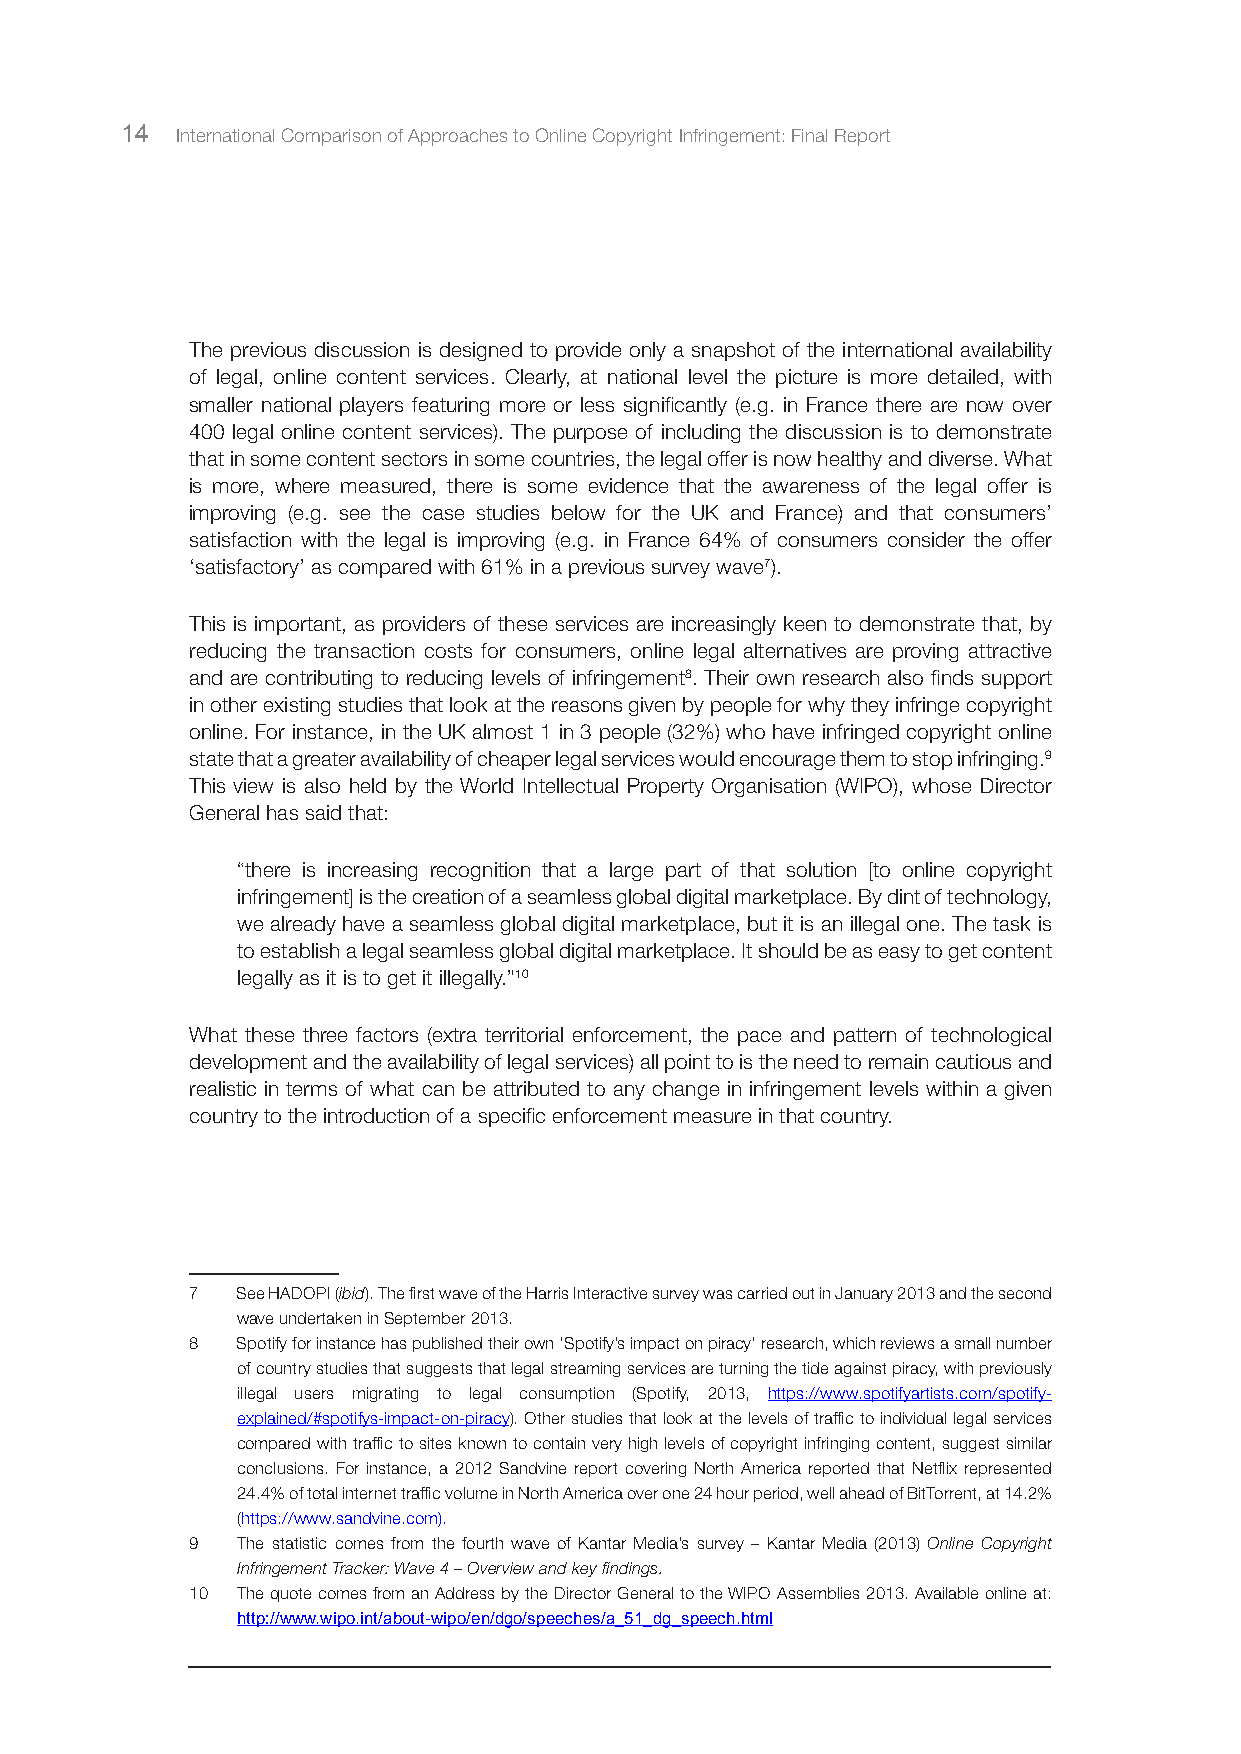
14  International Comparison of Approaches to Online Copyright Infringement: Final Report
 The previous discussion is designed to provide only a snapshot of the international availability
 of legal, online content services. Clearly, at national level the picture is more detailed, with
 smaller national players featuring more or less significantly (e.g. in France there are now over
 400 legal online content services). The purpose of including the discussion is to demonstrate
 that in some content sectors in some countries, the legal offer is now healthy and diverse. What
 is more, where measured, there is some evidence that the awareness of the legal offer is
 improving (e.g. see the case studies below for the UK and France) and that consumers’
 satisfaction with the legal is improving (e.g. in France 64% of consumers consider the offer
 ‘satisfactory’ as compared with 61% in a previous survey wave7).
 This is important, as providers of these services are increasingly keen to demonstrate that, by
 reducing the transaction costs for consumers, online legal alternatives are proving attractive
 and are contributing to reducing levels of infringement8. Their own research also finds support
 in other existing studies that look at the reasons given by people for why they infringe copyright
 online. For instance, in the UK almost 1 in 3 people (32%) who have infringed copyright online
 state that a greater availability of cheaper legal services would encourage them to stop infringing.9
 This view is also held by the World Intellectual Property Organisation (WIPO), whose Director
 General has said that:
 “there is increasing recognition that a large part of that solution [to online copyright
 infringement] is the creation of a seamless global digital marketplace. By dint of technology,
 we already have a seamless global digital marketplace, but it is an illegal one. The task is
 to establish a legal seamless global digital marketplace. It should be as easy to get content
 legally as it is to get it illegally.”10
 What these three factors (extra territorial enforcement, the pace and pattern of technological
 development and the availability of legal services) all point to is the need to remain cautious and
 realistic in terms of what can be attributed to any change in infringement levels within a given
 country to the introduction of a specific enforcement measure in that country.
 7  See HADOPI (ibid). The first wave of the Harris Interactive survey was carried out in January 2013 and the second
 wave undertaken in September 2013.
 8  Spotify for instance has published their own ‘Spotify’s impact on piracy’ research, which reviews a small number
 of country studies that suggests that legal streaming services are turning the tide against piracy, with previously
 illegal users migrating to legal consumption (Spotify, 2013, https://www.spotifyartists.com/spotify-
 explained/#spotifys-impact-on-piracy). Other studies that look at the levels of traffic to individual legal services
 compared with traffic to sites known to contain very high levels of copyright infringing content, suggest similar
 conclusions. For instance, a 2012 Sandvine report covering North America reported that Netflix represented
 24.4% of total internet traffic volume in North America over one 24 hour period, well ahead of BitTorrent, at 14.2%
 (https://www.sandvine.com).
 9  The statistic comes from the fourth wave of Kantar Media’s survey – Kantar Media (2013) Online Copyright
 Infringement Tracker: Wave 4 – Overview and key findings.
 10 The quote comes from an Address by the Director General to the WIPO Assemblies 2013. Available online at:
 http://www.wipo.int/about-wipo/en/dgo/speeches/a_51_dg_speech.html